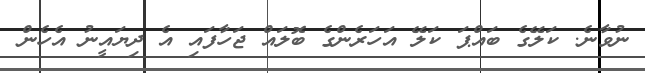
ނުވާނެ. ކަލޭގެ ބައްޕަ ކަލޭ އަހަރެންގެ ބޮލައް ޖަހާފައި އެ ދިޔައީނު އެހެން